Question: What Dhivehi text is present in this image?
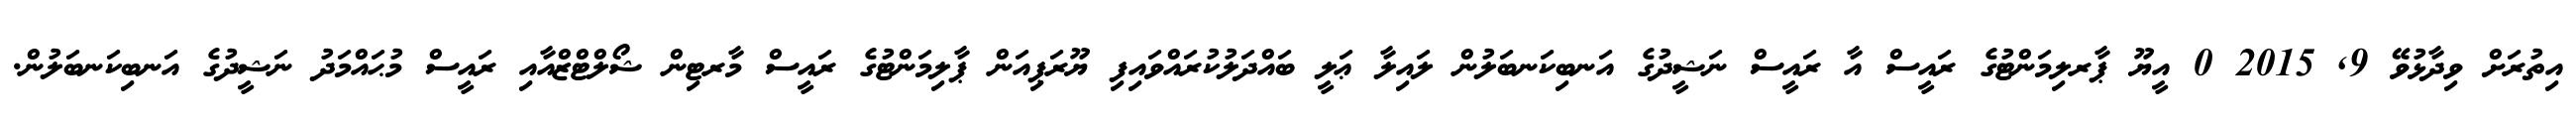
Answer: އިތުރަށް ވިދާޅުވޭ 9, 2015 0 އީޔޫ ޕާރލިމަންޓުގެ ރައީސް އާ ރައީސް ނަޝީދުގެ އަނބިކަނބަލުން ލައިލާ ޢަލީ ބައްދަލުކުރައްވައިފި ޔޫރަޕިއަން ޕާލިމަންޓުގެ ރައީސް މާރޓިން ޝޯލްޓްޒްއާއި ރައީސް މުޙައްމަދު ނަޝީދުގެ އަނބިކަނބަލުން.